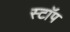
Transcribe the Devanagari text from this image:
स्टाॅप